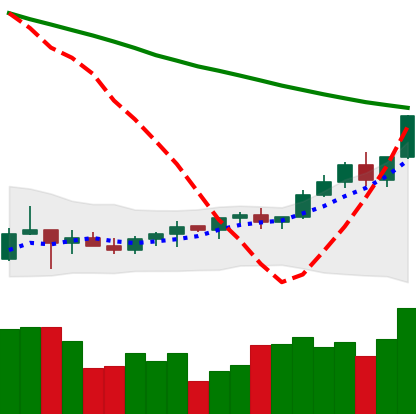
Ticker: TRX-USD
Chart end date: 2022-03-27
Forward return: 8.275%
Label: up_7plus